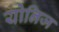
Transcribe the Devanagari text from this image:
योनिज